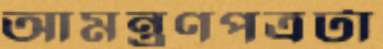
আমন্ত্রণপত্রটা